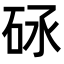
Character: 𥑝